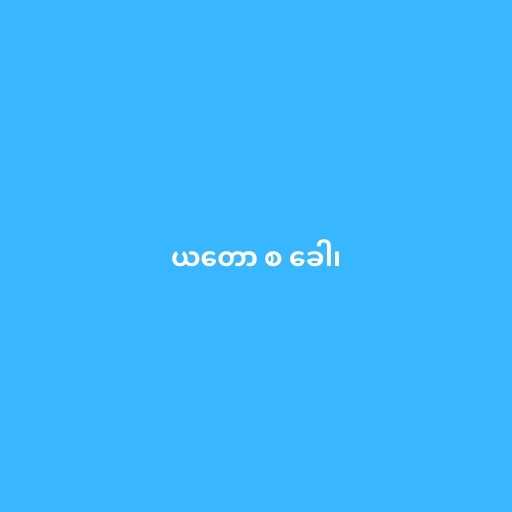
ယတော စ ခေါ၊